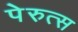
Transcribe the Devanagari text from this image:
पेरुत्स